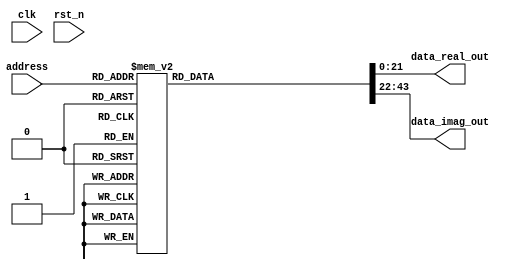
module Rom16(
    input clk,
    input rst_n,
    input [5:0] address,
    output reg [21:0] data_real_out,
    output reg [21:0] data_imag_out
);
always@(*)begin
    case (address)
//32 
    6'b100000:begin
//1 
        data_real_out=22'b0000000000000001000000;
//0 
        data_imag_out=22'b0000000000000000000000;
    end
//33 
    6'b100001:begin
//0.98438 
        data_real_out=22'b0000000000000000111111;
//-0.1875 
        data_imag_out=22'b1111111111111111110100;
    end
//34 
    6'b100010:begin
//0.92188 
        data_real_out=22'b0000000000000000111011;
//-0.375 
        data_imag_out=22'b1111111111111111101000;
    end
//35 
    6'b100011:begin
//0.82812 
        data_real_out=22'b0000000000000000110101;
//-0.5625 
        data_imag_out=22'b1111111111111111011100;
    end
//36 
    6'b100100:begin
//0.70312 
        data_real_out=22'b0000000000000000101101;
//-0.70312 
        data_imag_out=22'b1111111111111111010011;
    end
//37 
    6'b100101:begin
//0.5625 
        data_real_out=22'b0000000000000000100100;
//-0.82812 
        data_imag_out=22'b1111111111111111001011;
    end
//38 
    6'b100110:begin
//0.375 
        data_real_out=22'b0000000000000000011000;
//-0.92188 
        data_imag_out=22'b1111111111111111000101;
    end
//39 
    6'b100111:begin
//0.1875 
        data_real_out=22'b0000000000000000001100;
//-0.98438 
        data_imag_out=22'b1111111111111111000001;
    end
//40 
    6'b101000:begin
//0 
        data_real_out=22'b0000000000000000000000;
//-1 
        data_imag_out=22'b1111111111111111000000;
    end
//41 
    6'b101001:begin
//-0.1875 
        data_real_out=22'b1111111111111111110100;
//-0.98438 
        data_imag_out=22'b1111111111111111000001;
    end
//42 
    6'b101010:begin
//-0.375 
        data_real_out=22'b1111111111111111101000;
//-0.92188 
        data_imag_out=22'b1111111111111111000101;
    end
//43 
    6'b101011:begin
//-0.5625 
        data_real_out=22'b1111111111111111011100;
//-0.82812 
        data_imag_out=22'b1111111111111111001011;
    end
//44 
    6'b101100:begin
//-0.70312 
        data_real_out=22'b1111111111111111010011;
//-0.70312 
        data_imag_out=22'b1111111111111111010011;
    end
//45 
    6'b101101:begin
//-0.82812 
        data_real_out=22'b1111111111111111001011;
//-0.5625 
        data_imag_out=22'b1111111111111111011100;
    end
//46 
    6'b101110:begin
//-0.92188 
        data_real_out=22'b1111111111111111000101;
//-0.375 
        data_imag_out=22'b1111111111111111101000;
    end
//47 
    6'b101111:begin
//-0.98438 
        data_real_out=22'b1111111111111111000001;
//-0.1875 
        data_imag_out=22'b1111111111111111110100;
    end
//1 
    default:begin
        data_real_out=23'b0000000000000001000000;
//1 
        data_imag_out=23'b0000000000000000000000;
    end
    endcase
end
endmodule